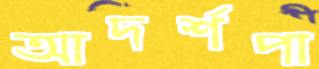
আদর্শপা